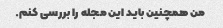
من همچنین باید این مجله را بررسی کنم.